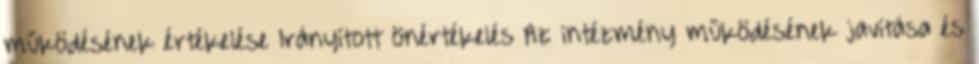
működésének értékelése Irányított önértékelés Az intézmény működésének javítása és